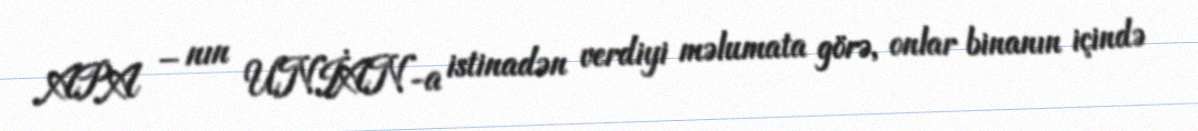
APA – nın UNİAN-a istinadən verdiyi məlumata görə, onlar binanın içində